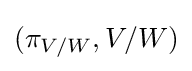
(\pi _{V/W},V/W)